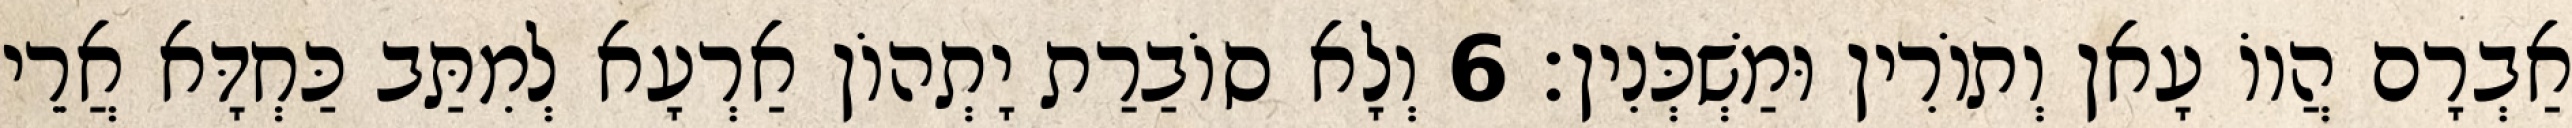
אַבְרָם הֲווֹ עָאן וְתוֹרִין וּמַשְׁכְּנִין׃ 6 וְלָא סוֹבַרַת יָתְהוֹן אַרְעָא לְמִתַּב כַּחְדָּא אֲרֵי